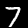
Digit: 7